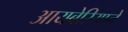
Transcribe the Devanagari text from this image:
आयबेरियाने